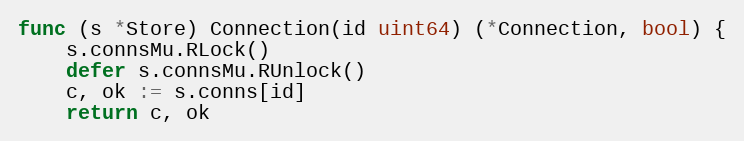
Language: Go
func (s *Store) Connection(id uint64) (*Connection, bool) {
	s.connsMu.RLock()
	defer s.connsMu.RUnlock()
	c, ok := s.conns[id]
	return c, ok